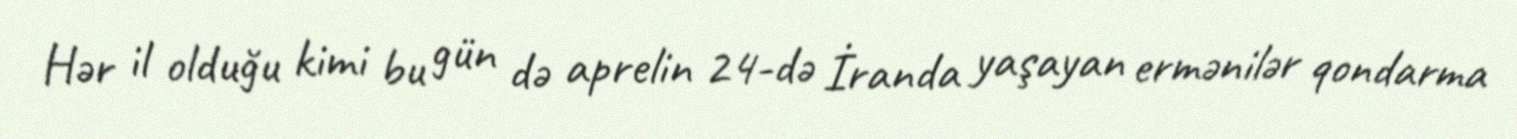
Hər il olduğu kimi bu gün də aprelin 24-də İranda yaşayan ermənilər qondarma